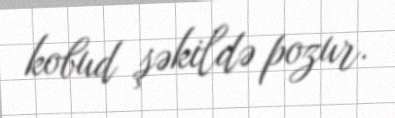
kobud şəkildə pozur.